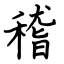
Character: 稽